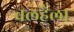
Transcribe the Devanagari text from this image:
वलहैला